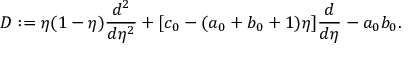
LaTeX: D : = \eta ( 1 - \eta ) \frac { d ^ { 2 } } { d \eta ^ { 2 } } + [ c _ { 0 } - ( a _ { 0 } + b _ { 0 } + 1 ) \eta ] \frac { d } { d \eta } - a _ { 0 } b _ { 0 } .